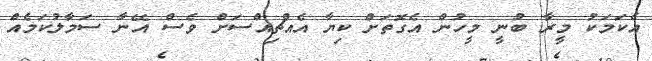
އެކަމަކު މީރާ ބުނީ މީހުން އެގޮތަށް ކިޔާ އެއްޗިއްސަށް ވެސް އޭނާ ސަމާލުކަމެއް